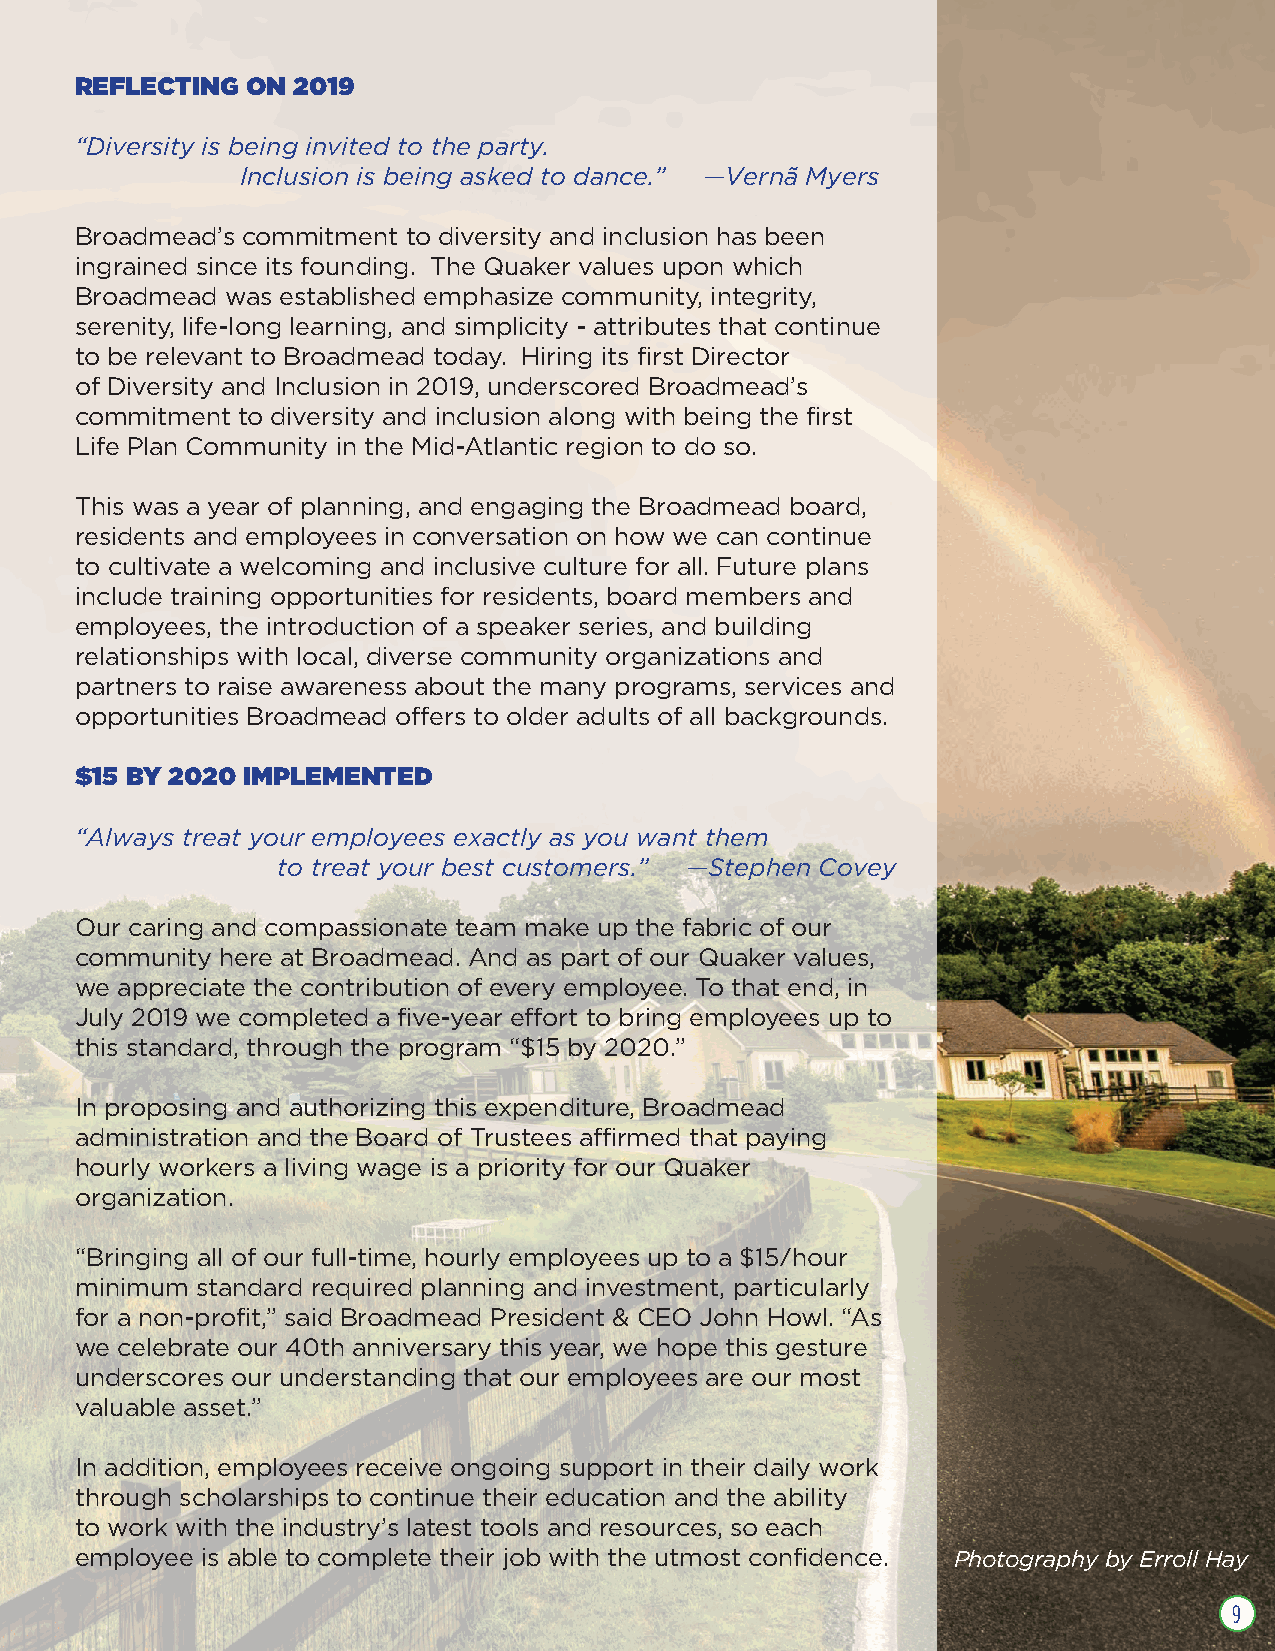
REFLECTING ON 2019
 ÒDiversity is being invited to the party.
 Inclusion is being asked to dance.Ó ÑVern‹ Myers
 BroadmeadÕs commitment to diversity and inclusion has been
 ingrained since its founding. The Quaker values upon which
 Broadmead was established emphasize community, integrity,
 serenity, life-long learning, and simplicity - attributes that continue
 to be relevant to Broadmead today. Hiring its first Director
 of Diversity and Inclusion in 2019, underscored BroadmeadÕs
 commitment to diversity and inclusion along with being the first
 Life Plan Community in the Mid-Atlantic region to do so.
 This was a year of planning, and engaging the Broadmead board,
 residents and employees in conversation on how we can continue
 to cultivate a welcoming and inclusive culture for all. Future plans
 include training opportunities for residents, board members and
 employees, the introduction of a speaker series, and building
 relationships with local, diverse community organizations and
 partners to raise awareness about the many programs, services and
 opportunities Broadmead offers to older adults of all backgrounds.
 $15 BY 2020 IMPLEMENTED
 ÒAlways treat your employees exactly as you want them
 to treat your best customers.Ó ÑStephen Covey
 Our caring and compassionate team make up the fabric of our
 community here at Broadmead. And as part of our Quaker values,
 we appreciate the contribution of every employee. To that end, in
 July 2019 we completed a five-year effort to bring employees up to
 this standard, through the program Ò$15 by 2020.Ó
 In proposing and authorizing this expenditure, Broadmead
 administration and the Board of Trustees affirmed that paying
 hourly workers a living wage is a priority for our Quaker
 organization.
 ÒBringing all of our full-time, hourly employees up to a $15/hour
 minimum standard required planning and investment, particularly
 for a non-profit,Ó said Broadmead President & CEO John Howl. ÒAs
 we celebrate our 40th anniversary this year, we hope this gesture
 underscores our understanding that our employees are our most
 valuable asset.Ó
 In addition, employees receive ongoing support in their daily work
 through scholarships to continue their education and the ability
 to work with the industryÕs latest tools and resources, so each
 employee is able to complete their job with the utmost confidence. Photography by Erroll Hay
 9